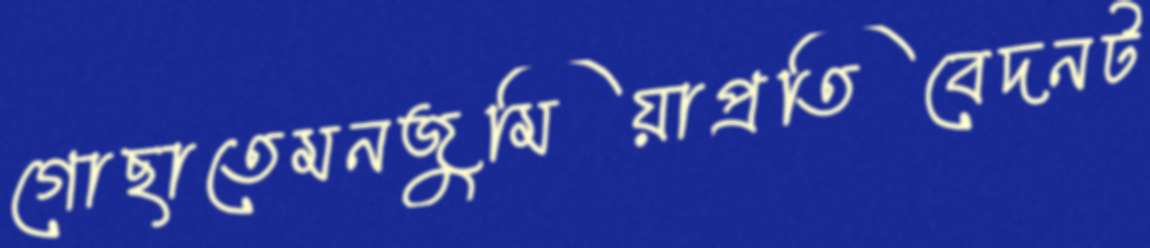
গোছাতেমনজুমিয়াপ্রতিবেদনট